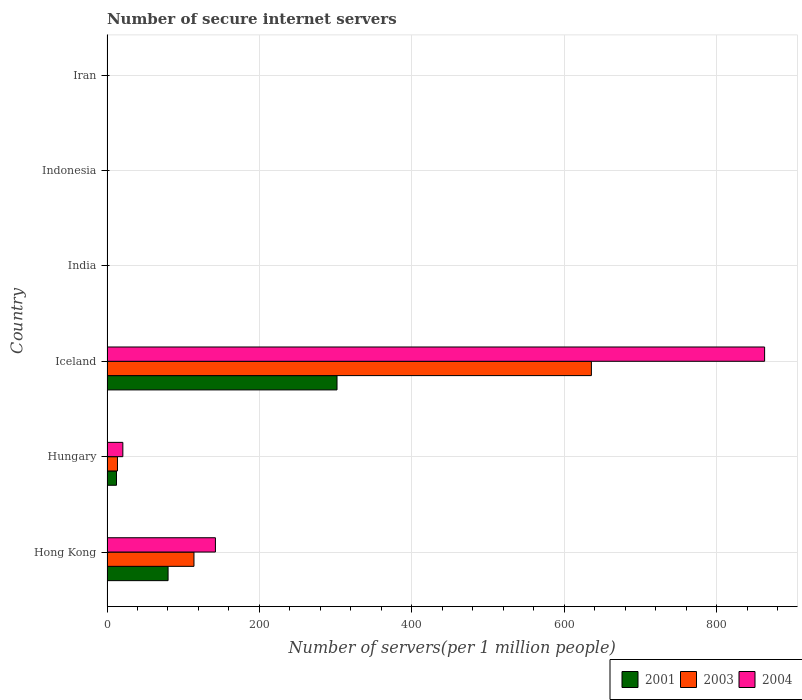
| Country | 2001 | 2003 | 2004 |
 | --- | --- | --- | --- |
 | Hong Kong | 80.1 | 114 | 142 |
 | Hungary | 12.5 | 13.7 | 20.8 |
 | Iceland | 302 | 636 | 863 |
 | India | 0.114 | 0.254 | 0.41 |
 | Indonesia | 0.28 | 0.272 | 0.381 |
 | Iran | 0.015 | 0.0146 | 0.188 |